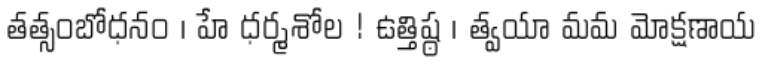
తత్సంబోధనం । హే ధర్మశోల ! ఉత్తిష్ఠ । త్వయా మమ మోక్షణాయ